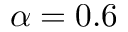
\alpha = 0 . 6